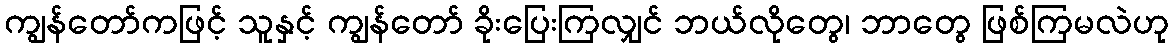
ကျွန်တော်ကဖြင့် သူနှင့် ကျွန်တော် ခိုးပြေးကြလျှင် ဘယ်လိုတွေ၊ ဘာတွေ ဖြစ်ကြမလဲဟု